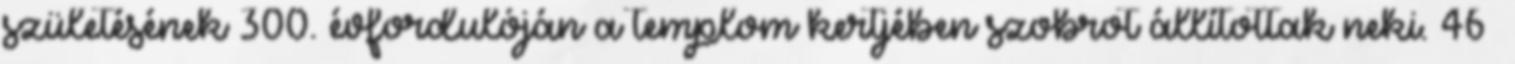
születésének 300. évfordulóján a templom kertjében szobrot állítottak neki. 46